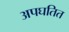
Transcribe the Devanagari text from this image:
अपघतित